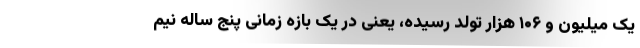
یک میلیون و ۱۰۶ هزار تولد رسیده، یعنی در یک بازه زمانی پنج ساله نیم